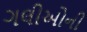
ગલીઓની